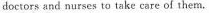
doctors and nurses to take care of them.